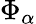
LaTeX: \Phi_{\alpha}